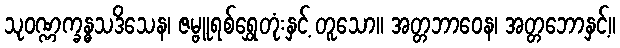
သုဝဏ္ဏက္ခန္ဓသဒိသေန၊ ဇမ္ဗူရစ်ရွှေတုံးနှင့် တူသော။ အတ္တဘာဝေန၊ အတ္တဘောနှင့်။